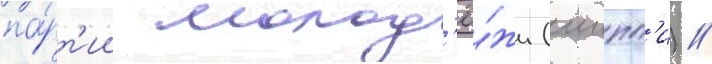
па́рт'ии молод'ё́жи (иипп'и) //